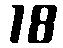
18